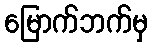
မြောက်ဘက်မှ